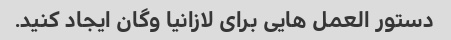
دستور العمل هایی برای لازانیا وگان ایجاد کنید.